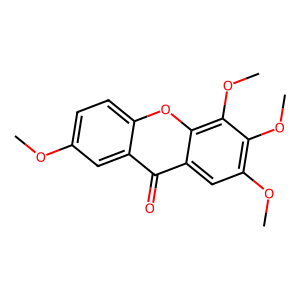
SMILES: COc1ccc2oc3c(OC)c(OC)c(OC)cc3c(=O)c2c1
Inhibits HIV replication: No